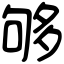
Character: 够